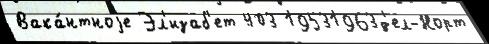
Вака́нтноjе Эл'изаб'ет 403 19531963д'ел-Норт